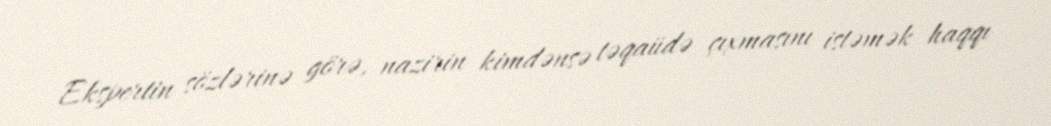
Ekspertin sözlərinə görə, nazirin kimdənsə təqaüdə çıxmasını istəmək haqqı